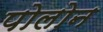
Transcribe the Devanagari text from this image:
पोलोन